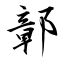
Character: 鄣